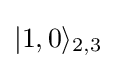
|1,0\rangle _{2,3}